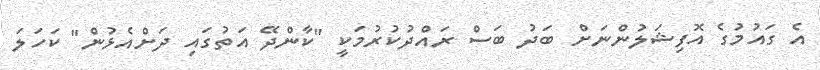
އެ ގައުމުގެ އޮފިޝަލުންނަށް ބަދު ބަސް ރައްދުކުރުމަކީ "ކާންދޭ އަތުގައި ދަށްއެޅުން" ކަހަލަ